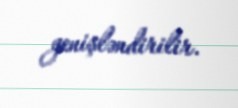
genişləndirilir.